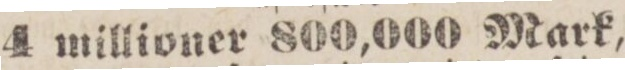
4 millioner 800,000 Mark,